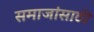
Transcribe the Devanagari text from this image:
समाजांसाठी